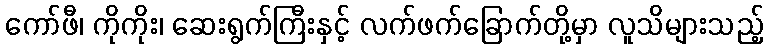
ကော်ဖီ၊ ကိုကိုး၊ ဆေးရွက်ကြီးနှင့် လက်ဖက်ခြောက်တို့မှာ လူသိများသည့်